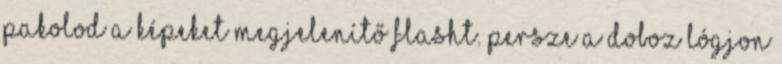
pakolod a képeket megjelenítő flasht. Persze a doboz lógjon